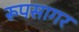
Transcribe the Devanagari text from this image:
रूपसागर